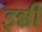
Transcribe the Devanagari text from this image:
इन्नी